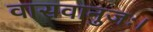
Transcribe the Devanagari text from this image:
वासवानुजः।